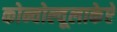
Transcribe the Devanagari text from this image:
कोन्वोल्वूलाकेऐ